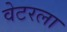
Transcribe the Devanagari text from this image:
वेटरला